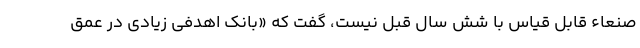
صنعاء قابل قیاس با شش سال قبل نیست، گفت که «بانک اهدفی زیادی در عمق